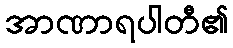
အာဏာရပါတီ၏